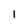
Character: 1